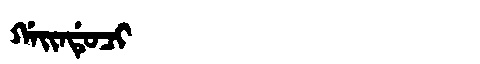
Manchu: ᡤᠠᡳᠨᡩᡠᠴᡳ
Romanization: GAINDUCI